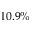
1 0 . 9 \%